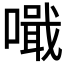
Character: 𠿠